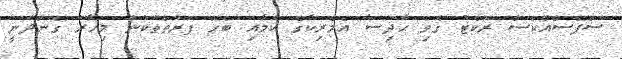
ސްޕޭސްއެކްސް ރޮކެޓު ގޮވި ޙާދިސާ އެމެރިކާގެ ކަމާއި ބެހޭ ފަރާތްތަކުން މިހާރު ގެންދަނީ